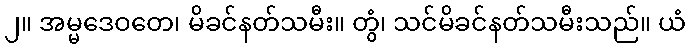
၂။ အမ္မဒေဝတေ၊ မိခင်နတ်သမီး။ တွံ၊ သင်မိခင်နတ်သမီးသည်။ ယံ